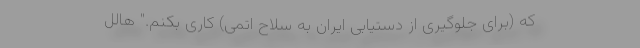
که (برای جلوگیری از دستیابی ایران به سلاح اتمی) کاری بکنم." هالل